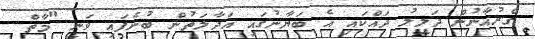
ގްރުއާނުން ދަލީލު ދައްކައި އެ ބަޔާނުގައި އަދާލަތުން ބުނެފައި ވަނީ "މާތް